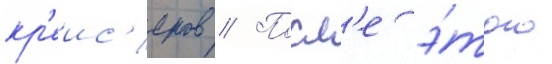
кр'еис'еров // Посл'е э́того